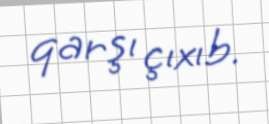
qarşı çıxıb.